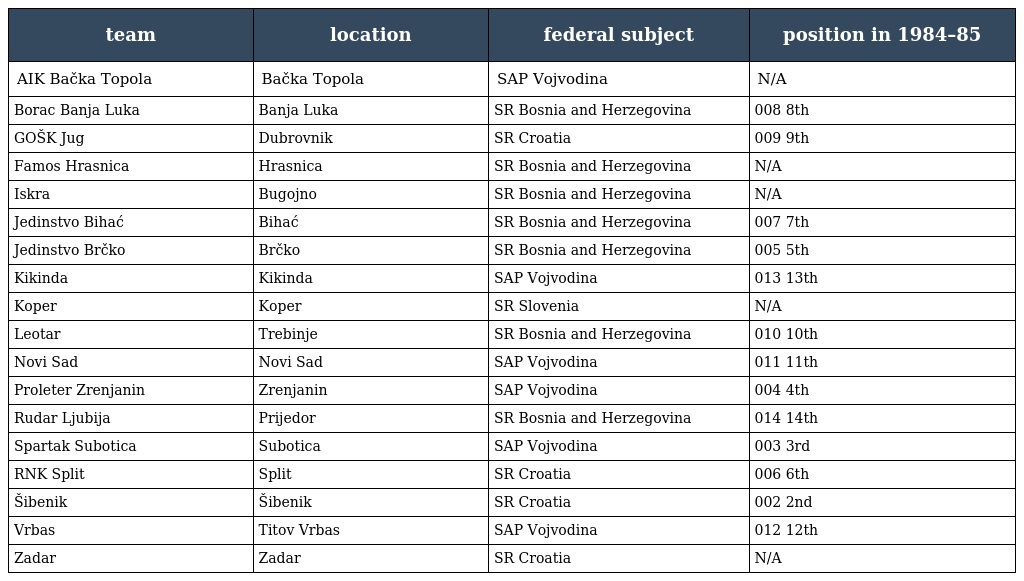
| team | location | federal subject | position in 1984–85 |
 | --- | --- | --- | --- |
 | AIK Bačka Topola | Bačka Topola | SAP Vojvodina | N/A |
 | Borac Banja Luka | Banja Luka | SR Bosnia and Herzegovina | 008 8th |
 | GOŠK Jug | Dubrovnik | SR Croatia | 009 9th |
 | Famos Hrasnica | Hrasnica | SR Bosnia and Herzegovina | N/A |
 | Iskra | Bugojno | SR Bosnia and Herzegovina | N/A |
 | Jedinstvo Bihać | Bihać | SR Bosnia and Herzegovina | 007 7th |
 | Jedinstvo Brčko | Brčko | SR Bosnia and Herzegovina | 005 5th |
 | Kikinda | Kikinda | SAP Vojvodina | 013 13th |
 | Koper | Koper | SR Slovenia | N/A |
 | Leotar | Trebinje | SR Bosnia and Herzegovina | 010 10th |
 | Novi Sad | Novi Sad | SAP Vojvodina | 011 11th |
 | Proleter Zrenjanin | Zrenjanin | SAP Vojvodina | 004 4th |
 | Rudar Ljubija | Prijedor | SR Bosnia and Herzegovina | 014 14th |
 | Spartak Subotica | Subotica | SAP Vojvodina | 003 3rd |
 | RNK Split | Split | SR Croatia | 006 6th |
 | Šibenik | Šibenik | SR Croatia | 002 2nd |
 | Vrbas | Titov Vrbas | SAP Vojvodina | 012 12th |
 | Zadar | Zadar | SR Croatia | N/A |